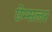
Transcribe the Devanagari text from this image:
ऐम्सलर